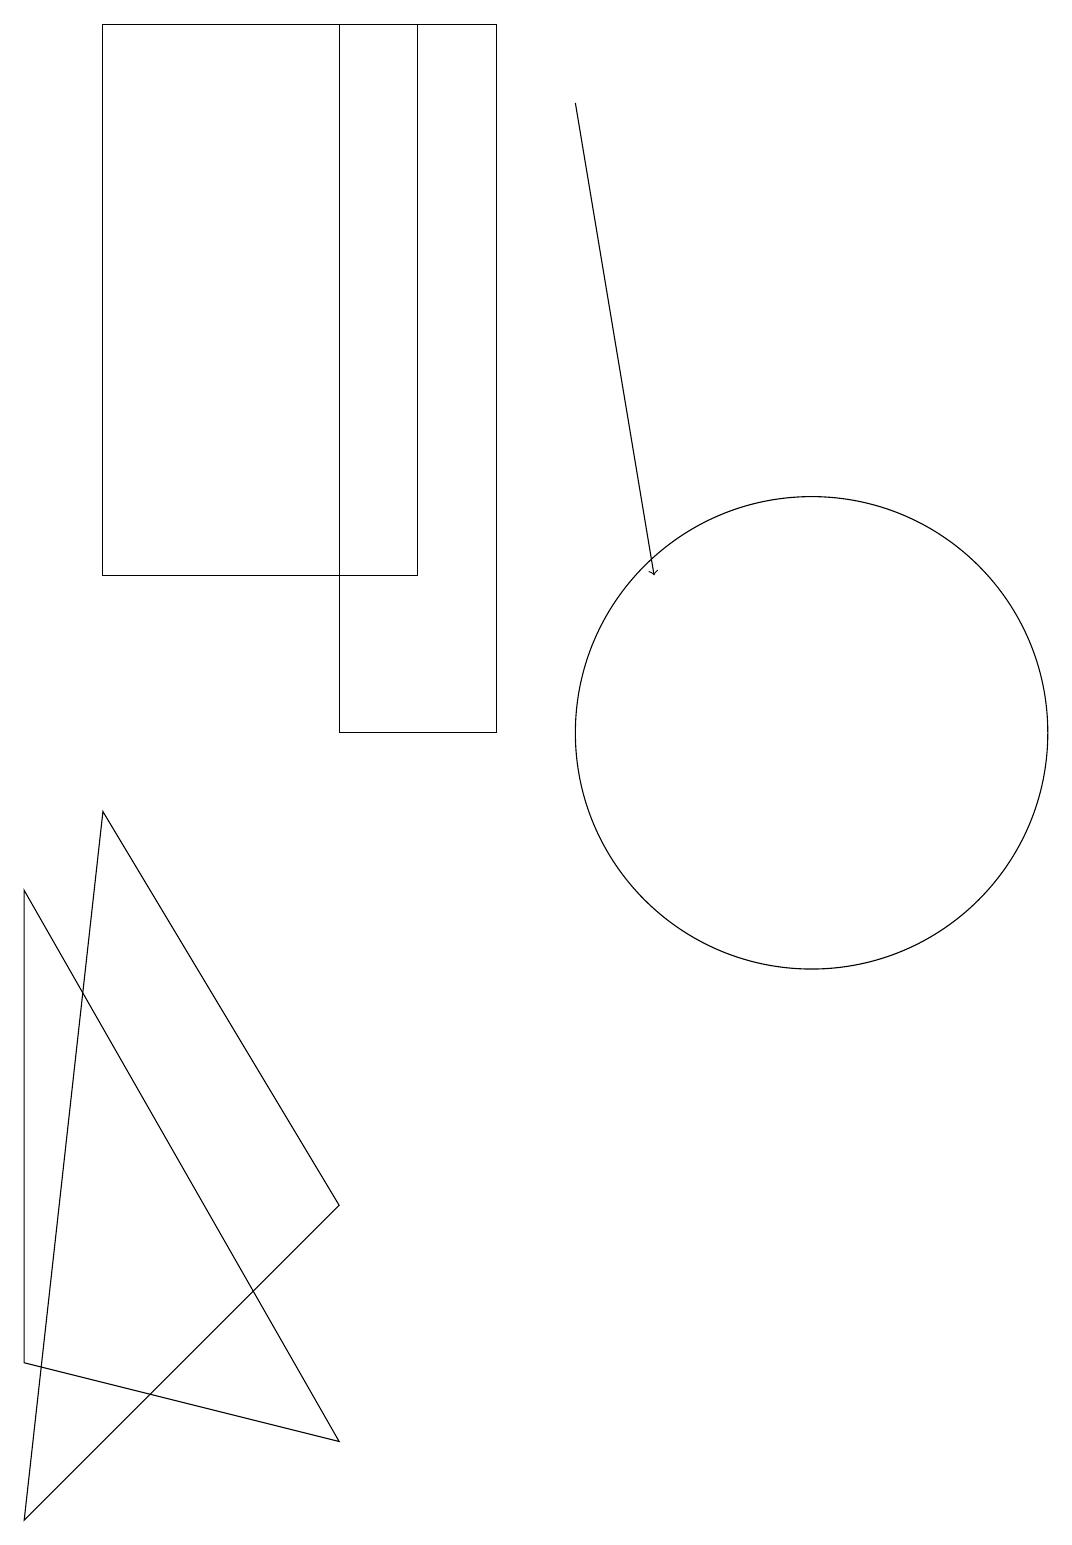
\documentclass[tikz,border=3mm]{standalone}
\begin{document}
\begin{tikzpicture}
\draw (6,19) rectangle (4,10);
\draw[->] (7,18) -- (8,12);
\draw (0,0) -- (4,4) -- (1,9) -- cycle;
\draw (1,19) rectangle (5,12);
\draw (0,8) -- (0,2) -- (4,1) -- cycle;
\draw (10,10) circle (3);
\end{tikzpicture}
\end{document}